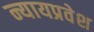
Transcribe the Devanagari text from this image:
न्यायप्रवेश